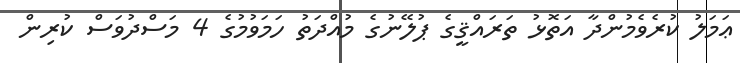
ޢަމަލު ކުރެވެމުންދާ އަތޮޅު ތަރައްޤީގެ ޕުލޭނުގެ މުއްދަތު ހަމަވުމުގެ 4 މަސްދުވަސް ކުރިން